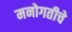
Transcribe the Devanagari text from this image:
मनोगतीचे